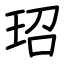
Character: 玿